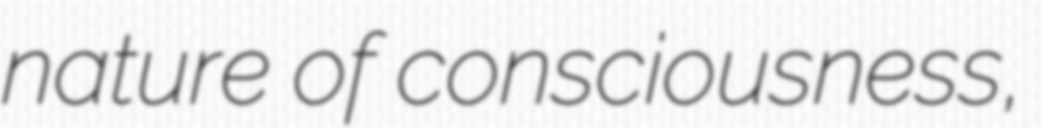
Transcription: nature of consciousness,